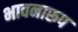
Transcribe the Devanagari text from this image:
भावनारूप